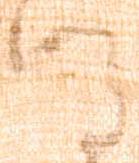
謹